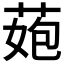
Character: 𦰾